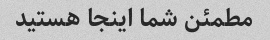
مطمئن شما اینجا هستید